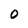
Character: O